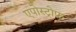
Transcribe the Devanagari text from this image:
एपोस्ट्रोफ़